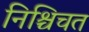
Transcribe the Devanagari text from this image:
निश्चिचत